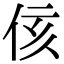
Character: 侅